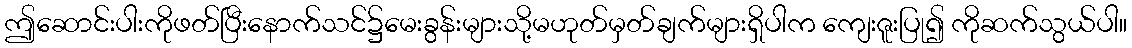
ဤဆောင်းပါးကိုဖတ်ပြီးနောက်သင်၌မေးခွန်းများသို့မဟုတ်မှတ်ချက်များရှိပါက ကျေးဇူးပြု၍ ကိုဆက်သွယ်ပါ။